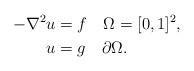
LaTeX: \begin{align*}-\nabla^{2}u & =f\quad\Omega=[0,1]^{2},\\u & =g\quad\partial\Omega.\end{align*}